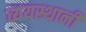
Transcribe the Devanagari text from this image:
व्ययस्थानी